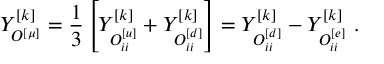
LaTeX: Y _ { { \cal O } _ { } ^ { [ \mu ] } } ^ { [ k ] } = { \frac { 1 } { 3 } } \left[ Y _ { { \cal O } _ { i i } ^ { [ u ] } } ^ { [ k ] } + Y _ { { \cal O } _ { i i } ^ { [ d ] } } ^ { [ k ] } \right] = Y _ { { \cal O } _ { i i } ^ { [ d ] } } ^ { [ k ] } - Y _ { { \cal O } _ { i i } ^ { [ e ] } } ^ { [ k ] } \ .